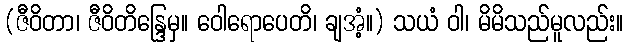
(ဇီဝိတာ၊ ဇီဝိတိန္ဒြေမှ။ ဝေါရောပေတိ၊ ချအံ့။) သယံ ဝါ၊ မိမိသည်မူလည်း။